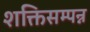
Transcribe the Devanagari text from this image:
शक्तिसम्पन्न